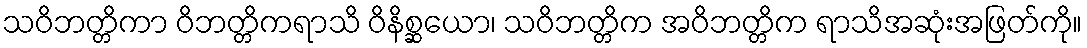
သဝိဘတ္တိကာ ဝိဘတ္တိကရာသိ ဝိနိစ္ဆယော၊ သဝိဘတ္တိက အဝိဘတ္တိက ရာသိအဆုံးအဖြတ်ကို။